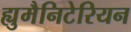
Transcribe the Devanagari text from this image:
ह्युमैनिटेरियन